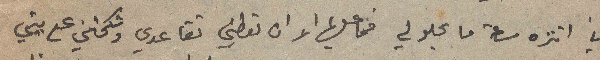
اني اتنزه ساعة ما يحلو لي فما عليها الا ان تعطيني تقاعدي وتكحتني على بيتي